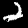
Digit: 2